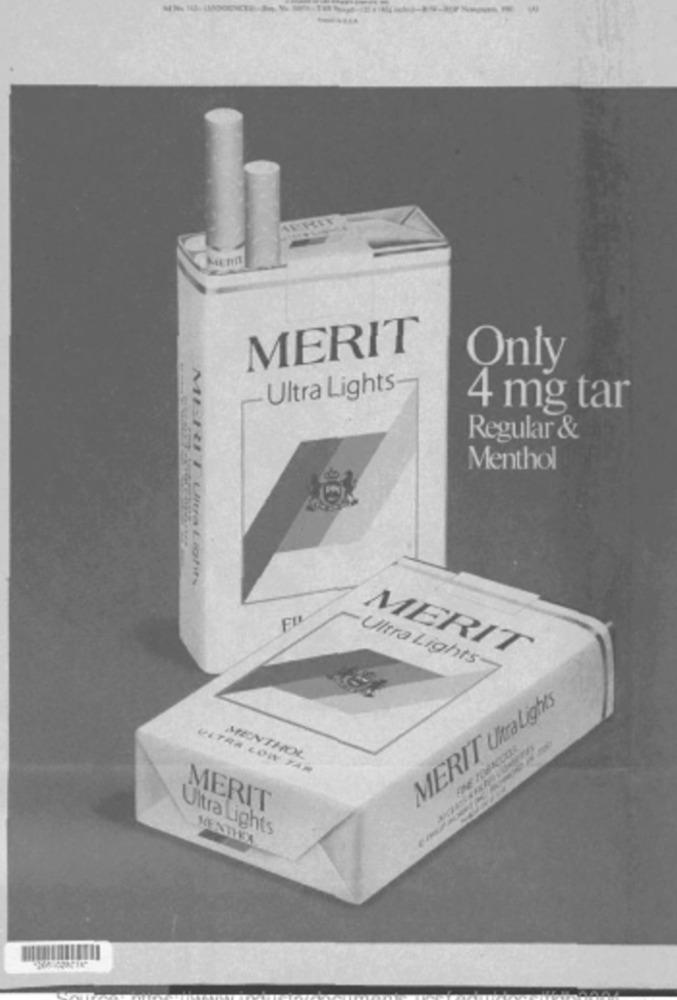
MERIT
Only
Ultra Lights
4 mg tar
Regular &
Menthol
MERIT Ultra Lights
Ultra Lights
MERIT
MERIT UkraLights
MENTHOL
PETRA LOW TAR
MERIT
Ultra Lights
MENTHEA